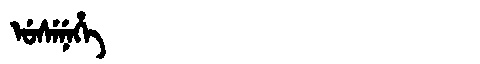
Manchu: ᡠᠰᡝᠨᡝᡥᡝ
Romanization: USENEHE